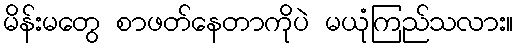
မိန်းမတွေ စာဖတ်နေတာကိုပဲ မယုံကြည်သလား။